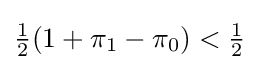
{\tfrac {1}{2}}(1+\pi _{1}-\pi _{0})<{\tfrac {1}{2}}